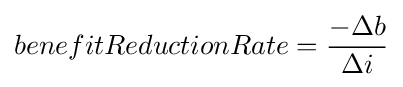
benefitReductionRate={\frac {-\Delta b}{\Delta i}}